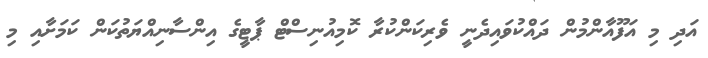
އަދި މި އަފޫއާންމުން ދައްކުވައިދެނީ ވެރިކަންކުރާ ކޮމިއުނިސްޓް ޕާޓީގެ އިންސާނިއްޔަތުކަން ކަމަށާއި މި